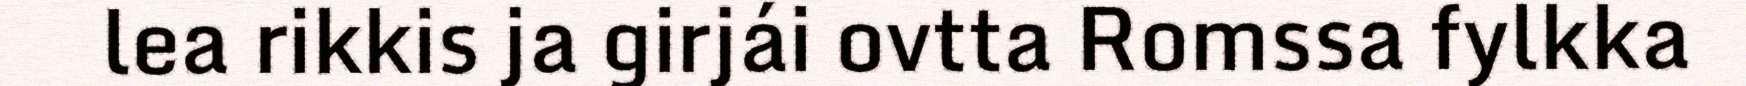
lea rikkis ja girjái ovtta Romssa fylkka